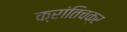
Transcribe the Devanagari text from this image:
क्रांतिचक्र